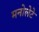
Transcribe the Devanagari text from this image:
मनोलेटे